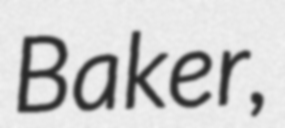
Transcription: Baker,